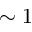
\sim 1